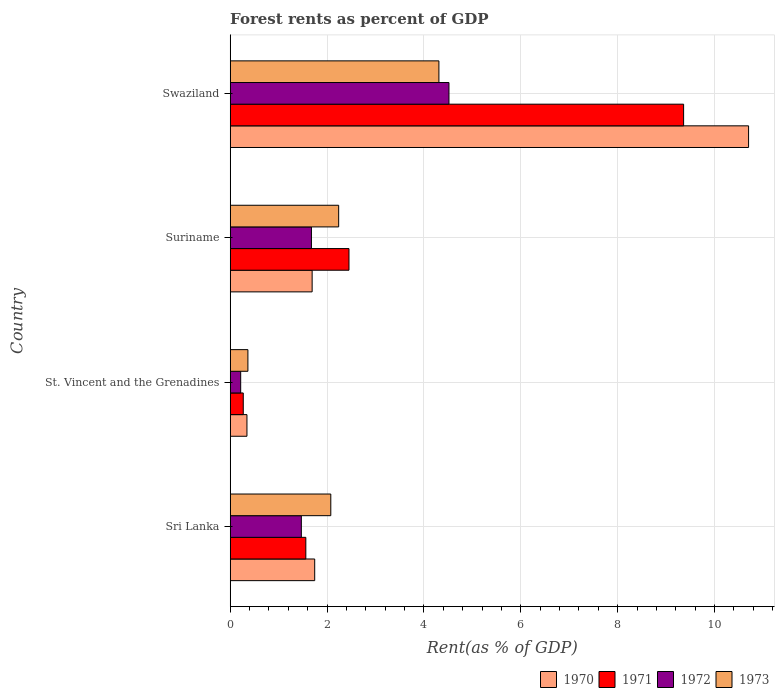
| Country | 1970 | 1971 | 1972 | 1973 |
 | --- | --- | --- | --- | --- |
 | Sri Lanka | 1.75 | 1.56 | 1.47 | 2.08 |
 | St. Vincent and the Grenadines | 0.346 | 0.27 | 0.217 | 0.366 |
 | Suriname | 1.69 | 2.45 | 1.68 | 2.24 |
 | Swaziland | 10.7 | 9.36 | 4.52 | 4.31 |